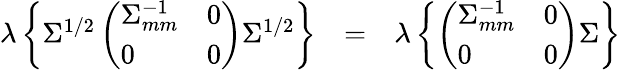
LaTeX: \begin{array}{rlr}{\lambda\left\{ \Sigma^{1/2}\left(\begin{array}{ll}{\Sigma_{mm}^{-1}}&{0}\\ {0}&{0}\end{array}\right)\Sigma^{1/2}\right\} }&{=}&{\lambda\left\{ \left(\begin{array}{ll}{\Sigma_{mm}^{-1}}&{0}\\ {0}&{0}\end{array}\right)\Sigma\right\} }\end{array}